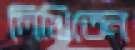
লিখিতেন